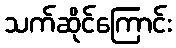
သက်ဆိုင်ကြောင်း